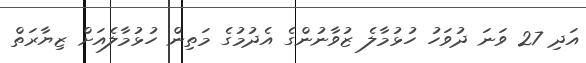
އަދި 27 ވަނަ ދުވަހު ހުޅުމާލެ ޒުވާނުންގެ އެދުމުގެ މަތިން ހުޅުމާލެއަށް ޒިޔާރަތް